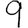
Digit: 9